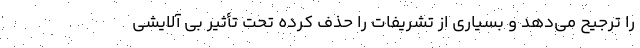
را ترجیح می‌دهد و بسیاری از تشریفات را حذف کرده تحت تأثیر بی آلایشی